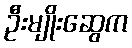
ဦးမျိုးဆွေက